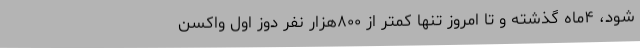
شود، ۴ماه گذشته و تا امروز تنها کمتر از ۸۰۰هزار نفر دوز اول واکسن